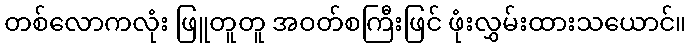
တစ်လောကလုံး ဖြူတူတူ အဝတ်စကြီးဖြင် ဖုံးလွှမ်းထားသယောင်။